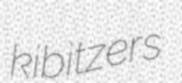
kibitzers